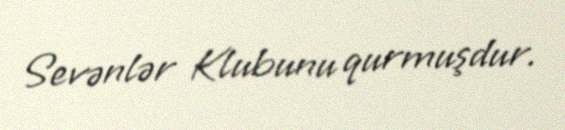
Sevənlər Klubunu qurmuşdur.